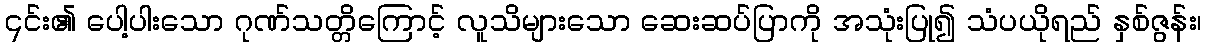
၎င်း၏ ပေါ့ပါးသော ဂုဏ်သတ္တိကြောင့် လူသိများသော ဆေးဆပ်ပြာကို အသုံးပြု၍ သံပယိုရည် နှစ်ဇွန်း၊